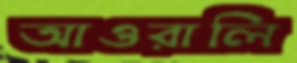
আওরালি